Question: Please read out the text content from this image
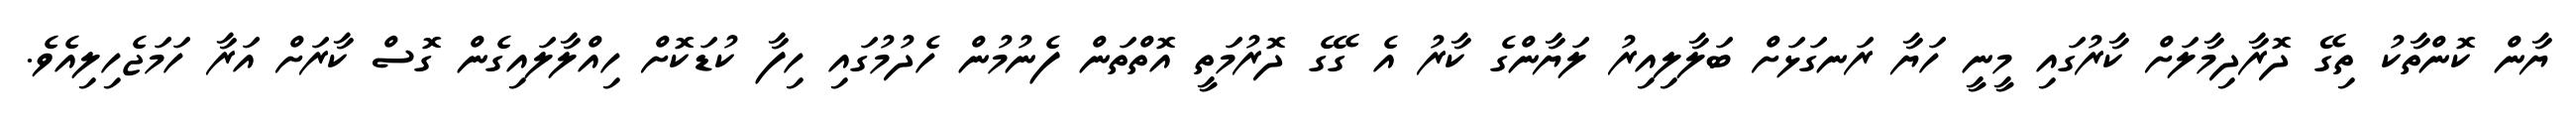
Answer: ޔާން ކޮންތާކު ތިގޭ ދޮރާދިމާލަށް ކާރުގައި މީނީ ހަޔާ ރަނގަޅަށް ބަލާލިއިރު ލަޔާންގެ ކާރު އެ ގޭގެ ދޮރުމަތީ އޮތްތަން ފެނުމުން ހެދުމުގައި ހިފާ ކުޑަކޮށް ހިއްލާލައިގެން ގޮސް ކާރަށް އަރާ ހަމަޖެހިލިއެވެ.